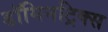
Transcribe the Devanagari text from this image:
डॉमिनट्रिक्स